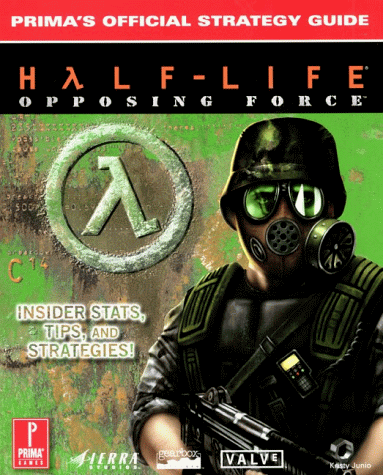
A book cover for Half-Life Opposing Force: Prima's Official Strategy Guide; Gearbox Studios; Science Fiction & Fantasy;